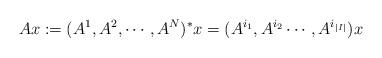
LaTeX: \begin{align*}Ax:=(A^{1}, A^{2}, \cdots, A^{N})^{*}x=(A^{i_{1}}, A^{i_{2}}\cdots, A^{i_{|I|}})x\end{align*}